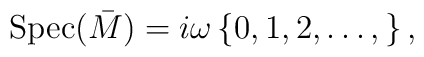
\mbox{Spec}(\bar{M})=i\omega\left\{0, 1, 2,\ldots,\right\},